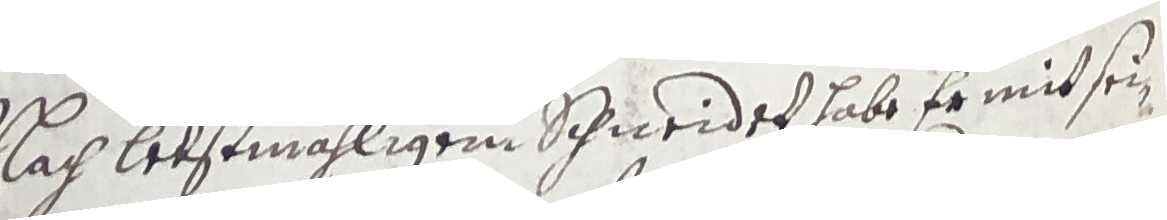
Nach letstmahligem schneider habe er mit sein